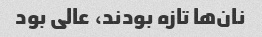
نان‌ها تازه بودند، عالی بود